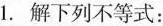
1.解下列不等式：